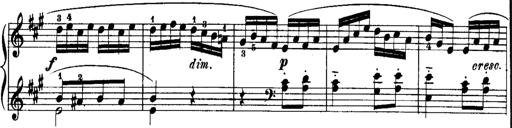
Title: Rondos and Sonatinas for Pianoforte
Composer: Daniel Steibelt